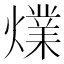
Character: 㸁